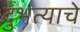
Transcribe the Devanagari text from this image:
दुभत्याचे